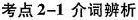
考点2-1 介词辨析